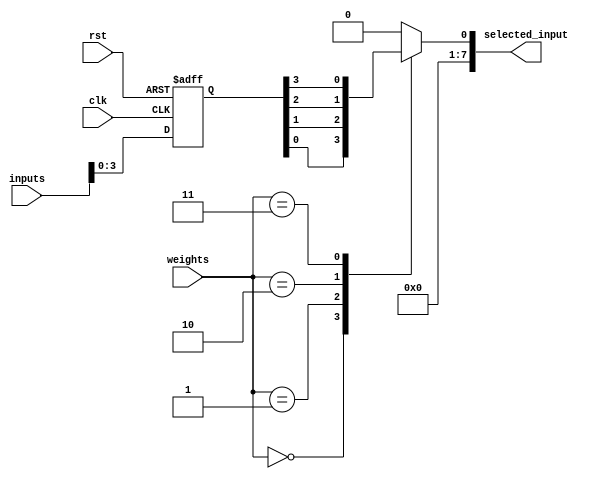
module weighted_arbiter (
    input wire clk,
    input wire rst,
    input wire [3:0] weights,
    input wire [7:0] inputs,
    output reg [7:0] selected_input
);

// Synchronization blocks
reg [7:0] synchronized_inputs;

always @(posedge clk or posedge rst) begin
    if (rst) begin
        synchronized_inputs <= 8'b0;
    end else begin
        synchronized_inputs <= inputs;
    end
end

// Arbiter block
always @(*) begin
    case(weights)
        4'b0000: selected_input = synchronized_inputs[0];
        4'b0001: selected_input = synchronized_inputs[1];
        4'b0010: selected_input = synchronized_inputs[2];
        4'b0011: selected_input = synchronized_inputs[3];
        // Add more cases for additional inputs and corresponding weights
        default: selected_input = 8'b0;
    endcase
end

endmodule